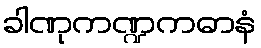
ခါဏုကဏ္ဍကဓာနံ